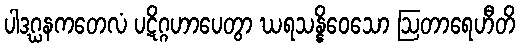
ပါဒဂ္ဃနကတေလံ ပဋိဂ္ဂဟာပေတွာ ဃရသန္နိဝေသော ဩတာရေဟီတိ